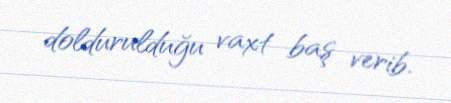
doldurulduğu vaxt baş verib.